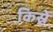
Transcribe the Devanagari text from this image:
किस्ने